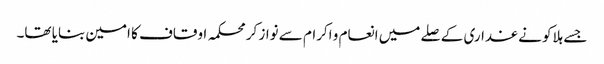
جسے ہلاکو نے غداری کے صلے میں انعام و اکرام سے نواز کر محکمہ اوقاف کا امین بنایا تھا۔